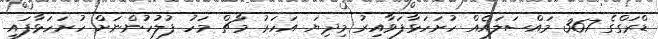
ޑްރަގްގެ 367 މައްސަލައެއް ހުށަހަޅާފަވާއިރު މިދިޔަ އަހަރު މާޗް މަހު ފުލުހުންނަށް ހުށަހަޅާފައި